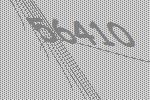
56410